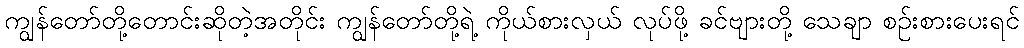
ကျွန်တော်တို့တောင်းဆိုတဲ့အတိုင်း ကျွန်တော်တို့ရဲ့ ကိုယ်စားလှယ် လုပ်ဖို့ ခင်ဗျားတို့ သေချာ စဉ်းစားပေးရင်